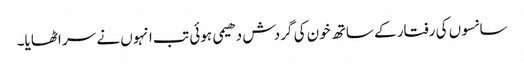
سانسوں کی رفتار کے ساتھ خون کی گردش دھیمی ہوئی تب انہوں نے سر اٹھایا۔